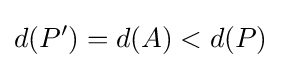
d(P')=d(A)<d(P)